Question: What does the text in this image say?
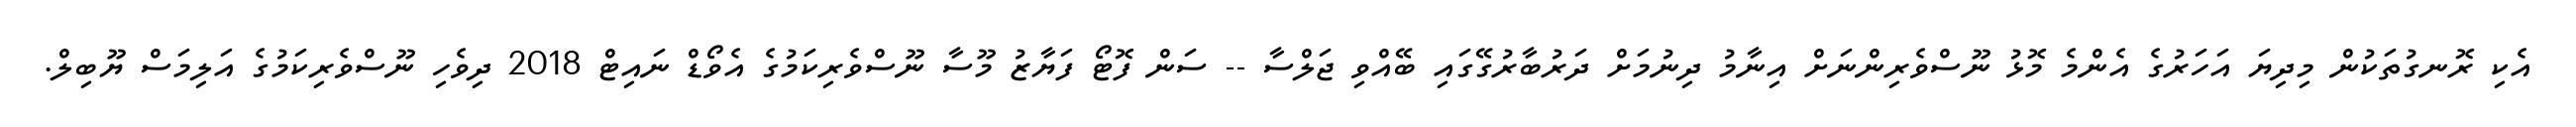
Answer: އެކި ރޮނގުތަކުން މިދިޔަ އަހަރުގެ އެންމެ މޮޅު ނޫސްވެރިންނަށް އިނާމު ދިނުމަށް ދަރުބާރުގޭގައި ބޭއްވި ޖަލްސާ -- ސަން ފޮޓޯ ފަޔާޒު މޫސާ ނޫސްވެރިކަމުގެ އެވޯޑް ނައިޓް 2018 ދިވެހި ނޫސްވެރިކަމުގެ އަލިމަސް ޔޫބިލް.